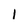
Character: 1